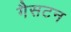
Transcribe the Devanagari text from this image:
गैसटन